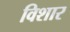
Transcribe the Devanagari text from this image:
विशार